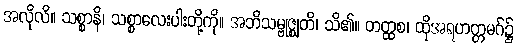
အလိုလိ။ သစ္စာနိ၊ သစ္စာလေးပါးတို့ကို။ အဘိသမ္ဗုဇ္ဈတိ၊ သိ၏။ တတ္ထစ၊ ထိုအရဟတ္တမဂ်၌